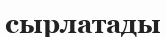
сырлатады